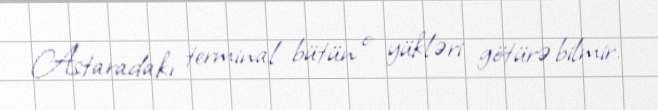
Astaradakı terminal bütün o yükləri götürə bilmir.